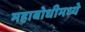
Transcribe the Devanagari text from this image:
महाबोधीमध्ये